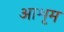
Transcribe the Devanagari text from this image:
आशृम